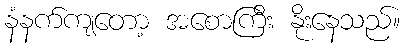
နံနက်ကျတော့ အစောကြီး နိုးနေသည်။